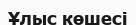
Ұлыс көшесі